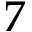
7